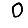
Digit: 0